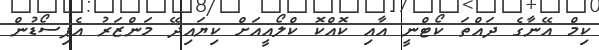
ކިމް އޭނާގެ ދައްތަ ކޯޓްނީ އާއި ކޮއްކޮ ކްލޯއީއަށް ކިޔައިދޭ މަންޒަރު އެޕިސޯޑުން